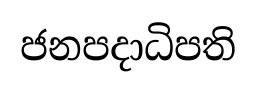
ජනපදාධිපති